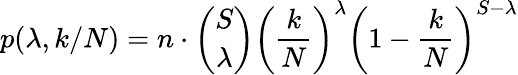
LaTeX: p(\lambda,k/N)=n\cdot{\binom{S}{\lambda}}\left(\frac{k}{N}\right)^{\lambda}\left(1-\frac{k}{N}\right)^{S-\lambda}